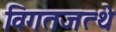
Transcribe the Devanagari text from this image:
विगतजत्थे